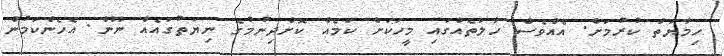
ހިމާޔަތް ކުރުމަށް. އެއްވެސް ހާލަތެއްގައި މީހަކަށް ކަމެއް ކޮށްދިނުމުގެ ނިޔަތުގައެއް ނޫން. އެހެންކަމުން